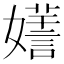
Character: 𡣌